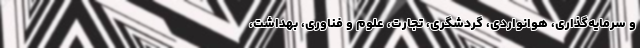
و سرمایه‌گذاری، هوانواردی، گردشگری، تجارت، علوم و فناوری، بهداشت،